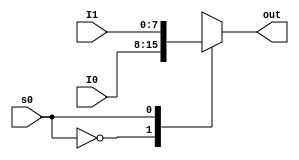
module Mux2to1_8bit(
    input [7:0] I0,
    input [7:0] I1,
    input s0, 
    output reg [7:0] out 
    );
always @ (I0 or I1 or s0)
case (s0)
    0: out = I0;
    1: out = I1;
endcase
endmodule